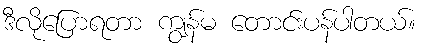
ဒီလိုပြောရတာ ကျွန်မ တောင်းပန်ပါတယ်။